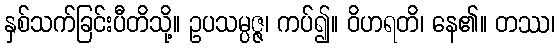
နှစ်သက်ခြင်းပီတိသို့။ ဥပသမ္ပဇ္ဇ၊ ကပ်၍။ ဝိဟရတိ၊ နေ၏။ တဿ၊